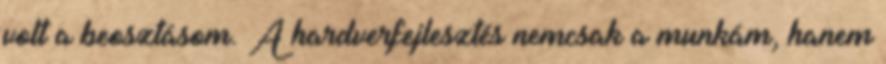
volt a beosztásom. A hardverfejlesztés nemcsak a munkám, hanem